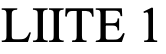
LIITE 1